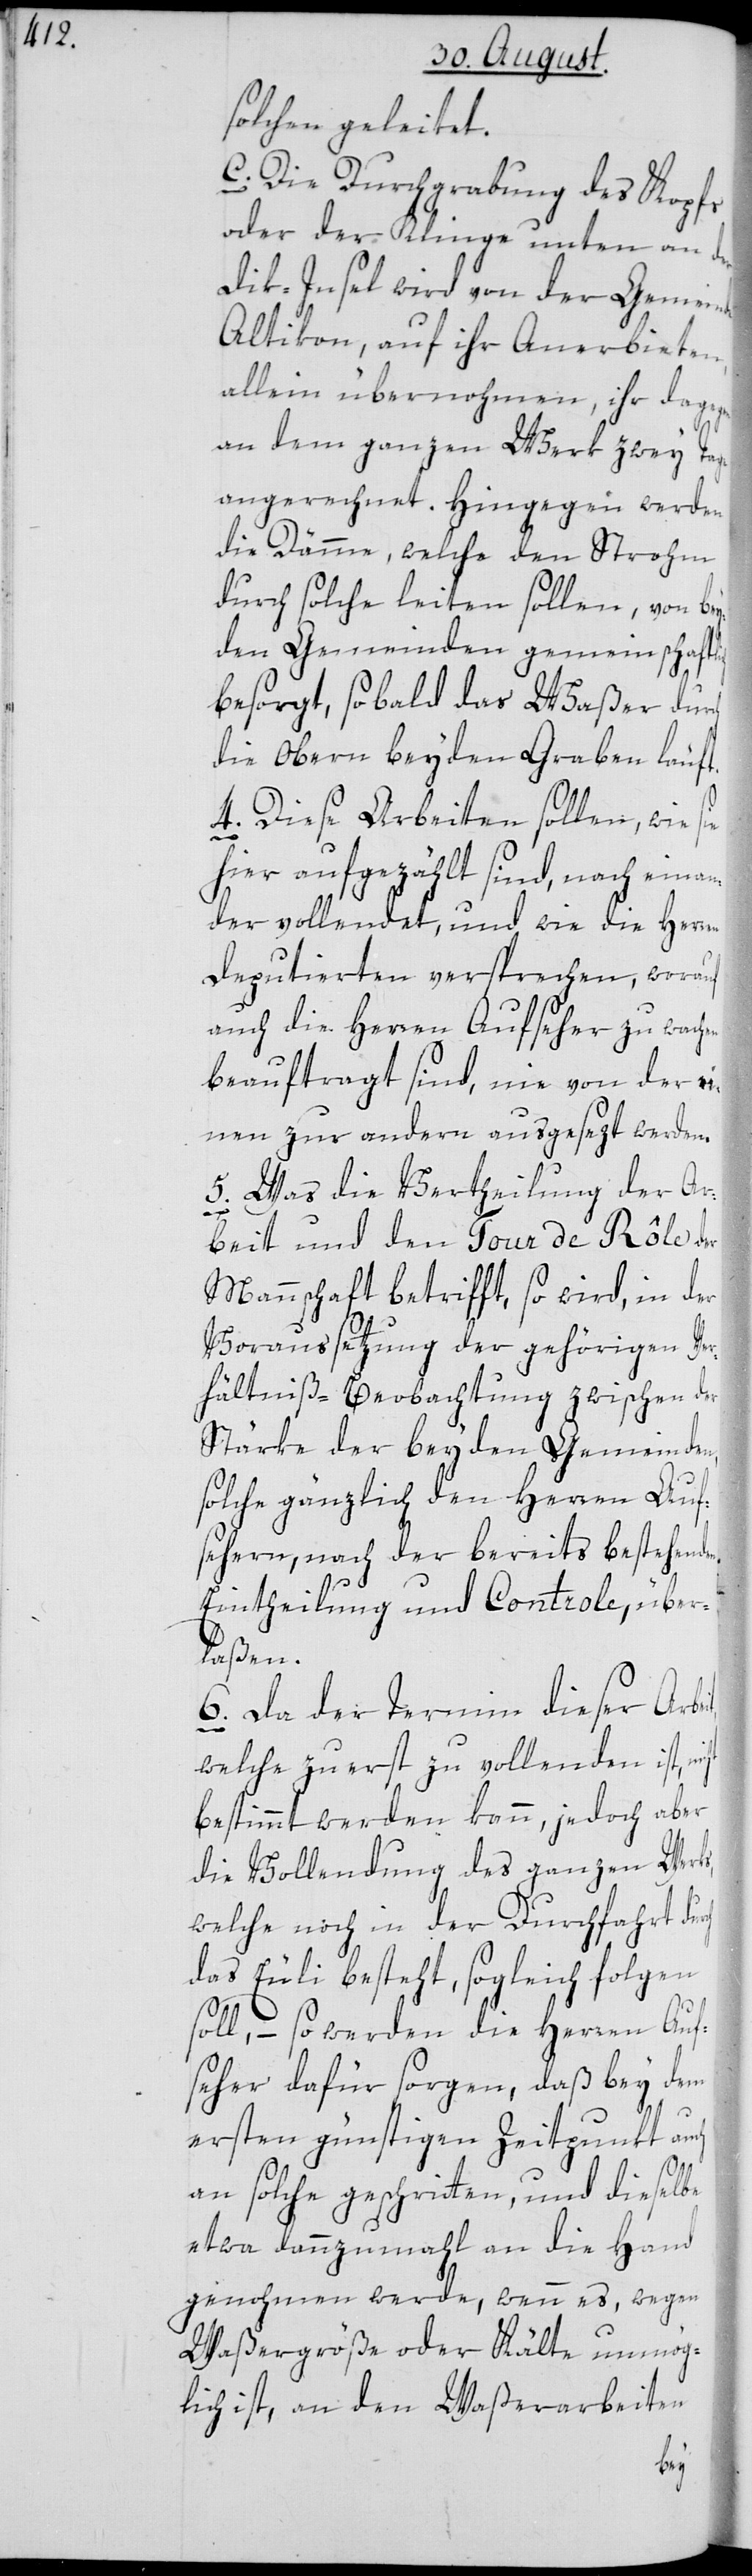
solchen geleitet.
3. Die Durchgrabung des Kopfs
oder der Klinge unten an
Dik-Insel wird von der Gemeinde
Altikon, auf ihr Anerbieten,
allein übernohmen, ihr dagegen
ch
an dem ganzen Werk zwey Tage
angerechnet. Hingegen werden
die Dämme, welche den Strohm
durch solche leiten sollen, von bey¬
den Gemeinden gemeinschaftli¬
besorgt, sobald das Waßer durch
die obern beyden Graben läuft.
4. Diese Arbeiten sollen, wie
hier aufgezählt sind, nacheinan¬
der vollendet, und wie die Herren
Deputierten versprechen, worauf
auch die Herren Aufseher zu wach¬
beauftragt sind, nie von der ei¬
nen zur andern ausgesezt werden.
5. Was die Vertheilung der Ar¬
eit,
beit und den Tour de Rôle der
Mannschaft betrifft, so wird, in der
Voraussetzung der gehörigen Ver¬
hältniß-Beobachtung zwischen der
Stärke der beyden Gemeinden,
solche gänzlich den Herren Auf¬
sehern, nach der bereits bestehend¬
Eintheilung und Controle, über¬
laßen.
6. Da der Termin dieser Arb¬
welche zuerst zu vollenden ist,
bestimmt werden kann, jedoch aber
die Vollendung des ganzen Werks,
welche noch in der Durchfahrt durch
das Euli besteht, sogleich folgen
soll, – so werden die Herren Auf¬
seher dafür sorgen, daß bey dem
ersten günstigen Zeitpunkt auch
an solche geschritten, und dieselbe
etwa dannzumahl an die Hand
genohmen werde, wenn es, wegen
Waßergröße oder Kälte unmög¬
lich ist, an den Waßerarbeiten